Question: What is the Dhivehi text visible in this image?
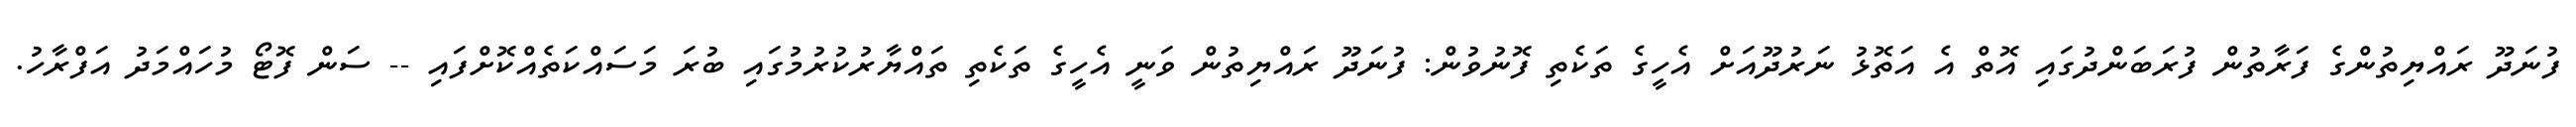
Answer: ފުނަދޫ ރައްޔިތުންގެ ފަރާތުން ފުރަބަންދުގައި އޮތް އެ އަތޮޅު ނަރުދޫއަށް އެހީގެ ތަކެތި ފޮނުވުން: ފުނަދޫ ރައްޔިތުން ވަނީ އެހީގެ ތަކެތި ތައްޔާރުކުރުމުގައި ބުރަ މަސައްކަތެއްކޮށްފައި -- ސަން ފޮޓޯ މުހައްމަދު އަފްރާހު.